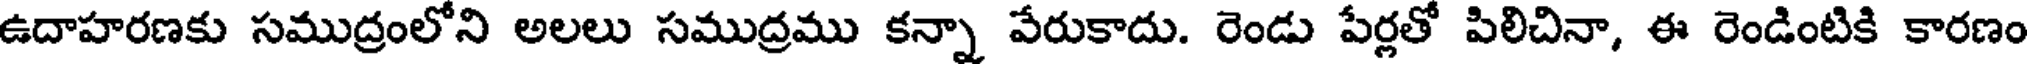
ఉదాహరణకు సముద్రంలోని అలలు సముద్రము కన్నా వేరుకాదు. రెండు పేర్లతో పిలిచినా, ఈ రెండింటికి కారణం